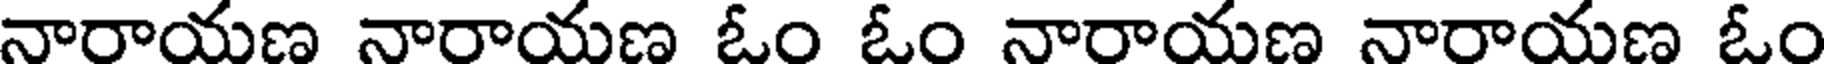
నారాయణ నారాయణ ఓం ఓం నారాయణ నారాయణ ఓం